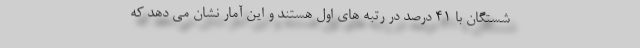
شستگان با 41 درصد در رتبه های اول هستند و این آمار نشان می دهد که